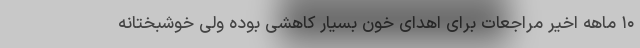
۱۰ ماهه اخیر مراجعات برای اهدای خون بسیار کاهشی بوده ولی خوشبختانه